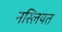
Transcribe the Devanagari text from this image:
नस्लियत